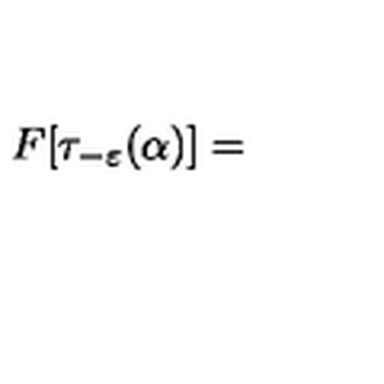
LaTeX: F [ \tau _ { - \varepsilon } ( \alpha ) ] =